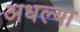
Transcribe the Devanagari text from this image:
अधल्या